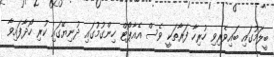
ބީލަމުގައި ބައިވެރިވި ހުރިހާ ފަރާތަކީ ވެސް އެއާޕޯޓް ހިންގުމުގައި ދުނިޔޭގައި ކުރި ހޯދާފައިވާ